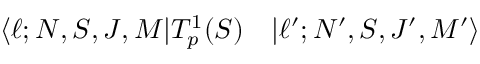
\begin{array} { r l } { \langle \ell ; N , S , J , M | T _ { p } ^ { 1 } ( S ) } & { { } | \ell ^ { \prime } ; N ^ { \prime } , S , J ^ { \prime } , M ^ { \prime } \rangle } \end{array}